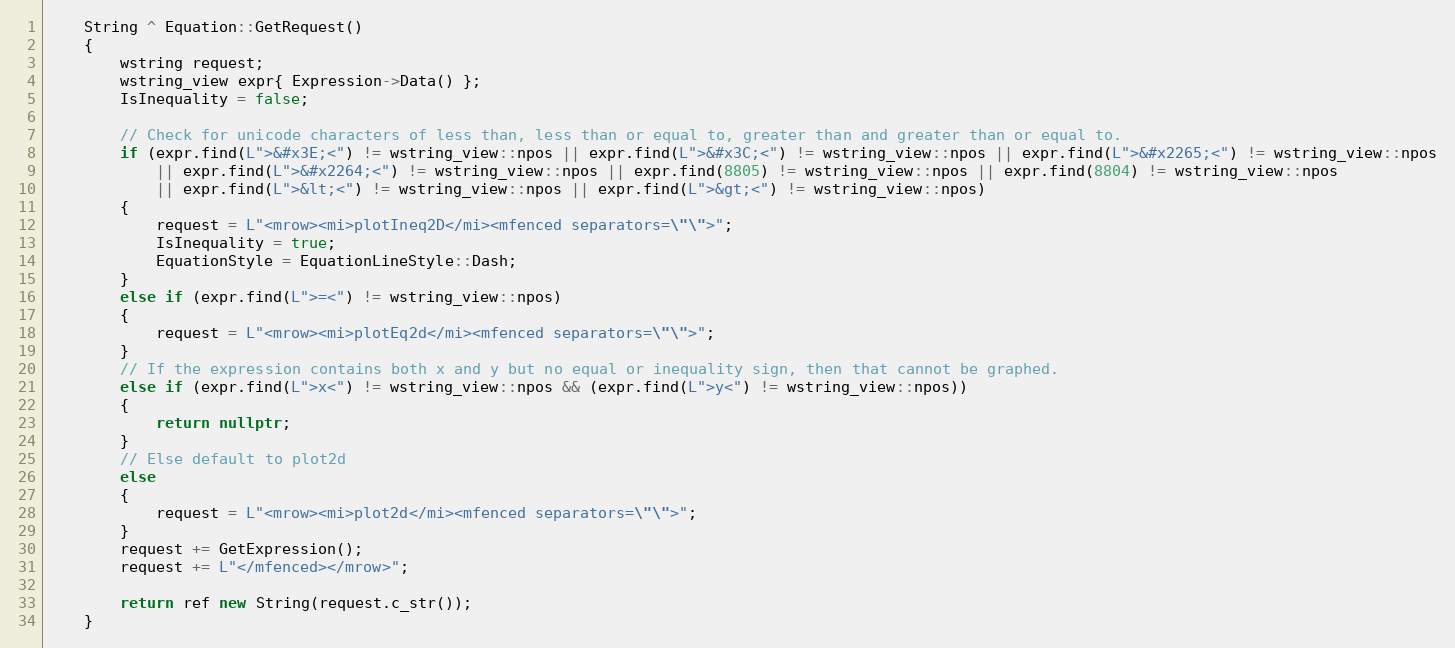
Language: C++
    String ^ Equation::GetRequest()
    {
        wstring request;
        wstring_view expr{ Expression->Data() };
        IsInequality = false;

        // Check for unicode characters of less than, less than or equal to, greater than and greater than or equal to.
        if (expr.find(L">&#x3E;<") != wstring_view::npos || expr.find(L">&#x3C;<") != wstring_view::npos || expr.find(L">&#x2265;<") != wstring_view::npos
            || expr.find(L">&#x2264;<") != wstring_view::npos || expr.find(8805) != wstring_view::npos || expr.find(8804) != wstring_view::npos
            || expr.find(L">&lt;<") != wstring_view::npos || expr.find(L">&gt;<") != wstring_view::npos)
        {
            request = L"<mrow><mi>plotIneq2D</mi><mfenced separators=\"\">";
            IsInequality = true;
            EquationStyle = EquationLineStyle::Dash;
        }
        else if (expr.find(L">=<") != wstring_view::npos)
        {
            request = L"<mrow><mi>plotEq2d</mi><mfenced separators=\"\">";
        }
        // If the expression contains both x and y but no equal or inequality sign, then that cannot be graphed.
        else if (expr.find(L">x<") != wstring_view::npos && (expr.find(L">y<") != wstring_view::npos))
        {
            return nullptr;
        }
        // Else default to plot2d
        else
        {
            request = L"<mrow><mi>plot2d</mi><mfenced separators=\"\">";
        }
        request += GetExpression();
        request += L"</mfenced></mrow>";

        return ref new String(request.c_str());
    }